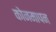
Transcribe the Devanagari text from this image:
कोनमापन